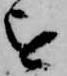
を